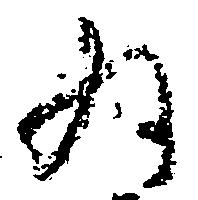
為